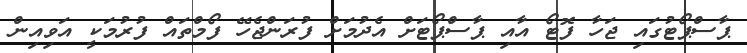
ޕާސްޕޯޓުގައި ޖަހާ ފޮޓޯ އާއި ޕާސްޕޯޓަށް އެދުމަށް ފުރަންޖެހޭ ފޯމްތައް ފުރުމަކީ އަވިއިން